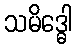
သမိဒ္ဓေါ